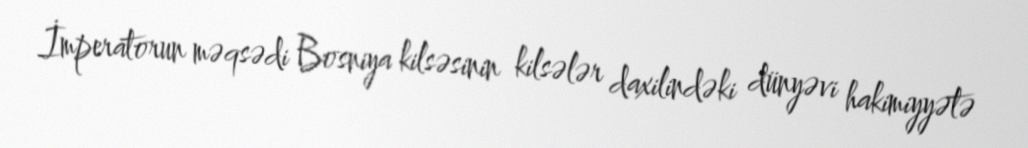
İmperatorun məqsədi Bosniya kilsəsinin kilsələr daxilindəki dünyəvi hakimiyyətə